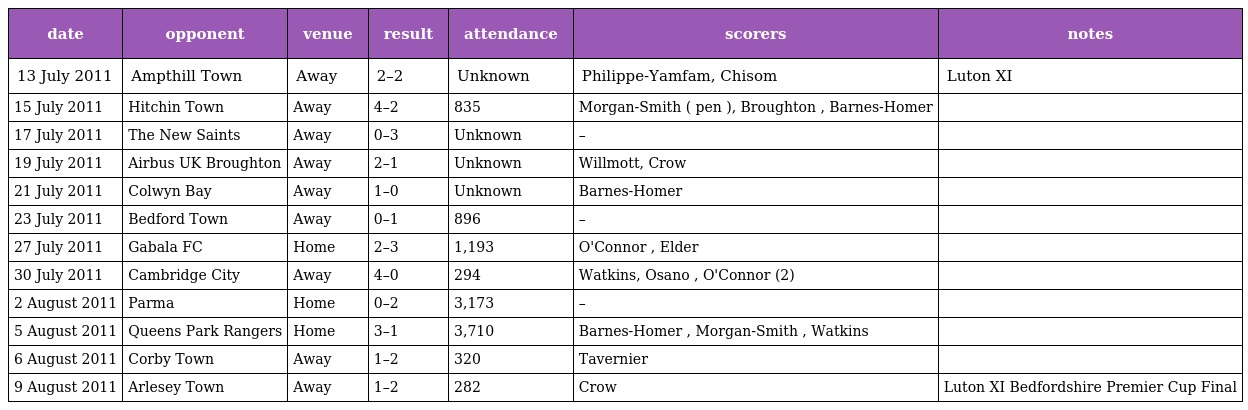
| date | opponent | venue | result | attendance | scorers | notes |
 | --- | --- | --- | --- | --- | --- | --- |
 | 13 July 2011 | Ampthill Town | Away | 2–2 | Unknown | Philippe-Yamfam, Chisom | Luton XI |
 | 15 July 2011 | Hitchin Town | Away | 4–2 | 835 | Morgan-Smith ( pen ), Broughton , Barnes-Homer |  |
 | 17 July 2011 | The New Saints | Away | 0–3 | Unknown | – |  |
 | 19 July 2011 | Airbus UK Broughton | Away | 2–1 | Unknown | Willmott, Crow |  |
 | 21 July 2011 | Colwyn Bay | Away | 1–0 | Unknown | Barnes-Homer |  |
 | 23 July 2011 | Bedford Town | Away | 0–1 | 896 | – |  |
 | 27 July 2011 | Gabala FC | Home | 2–3 | 1,193 | O'Connor , Elder |  |
 | 30 July 2011 | Cambridge City | Away | 4–0 | 294 | Watkins, Osano , O'Connor (2) |  |
 | 2 August 2011 | Parma | Home | 0–2 | 3,173 | – |  |
 | 5 August 2011 | Queens Park Rangers | Home | 3–1 | 3,710 | Barnes-Homer , Morgan-Smith , Watkins |  |
 | 6 August 2011 | Corby Town | Away | 1–2 | 320 | Tavernier |  |
 | 9 August 2011 | Arlesey Town | Away | 1–2 | 282 | Crow | Luton XI Bedfordshire Premier Cup Final |